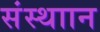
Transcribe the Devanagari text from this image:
संस्थाान